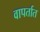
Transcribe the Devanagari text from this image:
वापर्तात